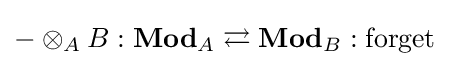
-\otimes _{A}B:\mathbf {Mod} _{A}\rightleftarrows \mathbf {Mod} _{B}:\operatorname {forget}